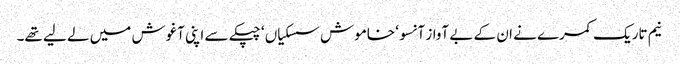
نیم تاریک کمرے نے ان کے بے آواز آنسو ‘ خاموش سسکیاں ‘ چپکے سے اپنی آغوش میں لے لیے تھے۔